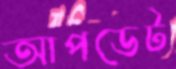
আপডেট